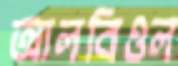
আলবিওল